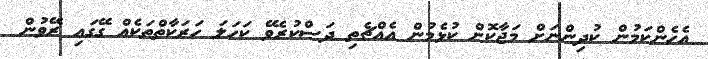
އެހެންކަމުން ކުދިންނަށް މަޖާކޮށް ކުޅެމުން އެއްޗެތި ދަސްކުރެވޭ ކަހަލަ ހަރަކާތްތަކެއް ގޭގައި ރޭވުން